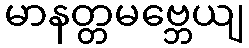
မာနတ္တမဗ္ဘေယျ